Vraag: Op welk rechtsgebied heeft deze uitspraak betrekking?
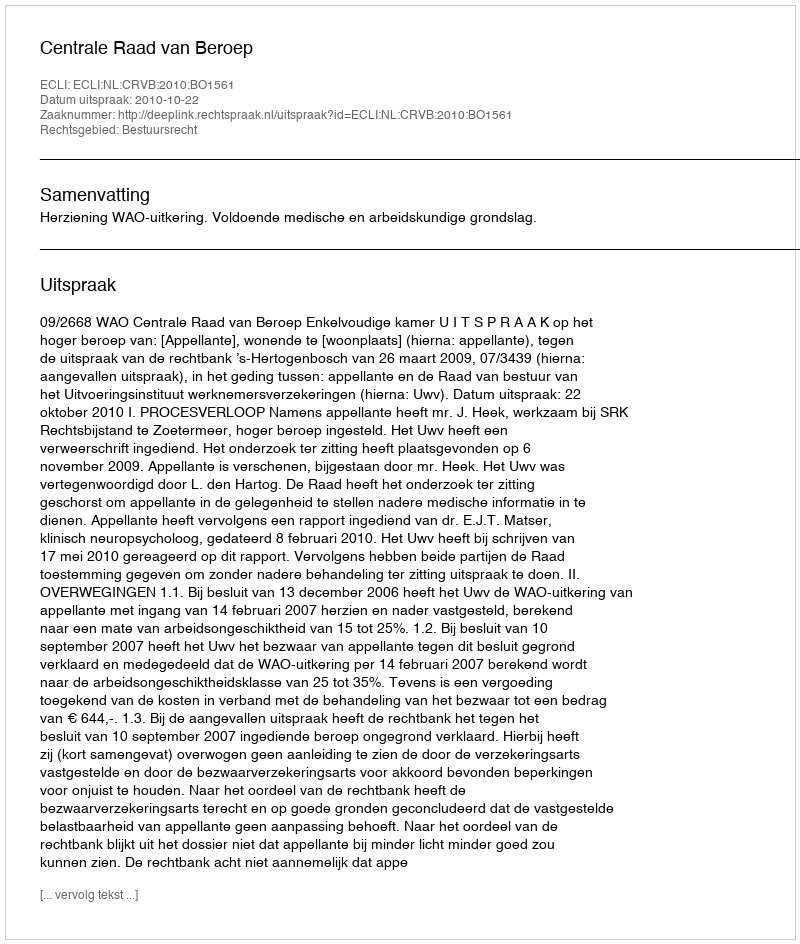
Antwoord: Bestuursrecht